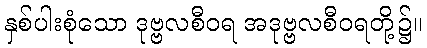
နှစ်ပါးစုံသော ဒုဗ္ဗလစီဝရ အဒုဗ္ဗလစီဝရတို့၌။